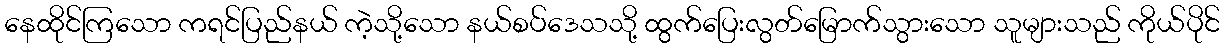
နေထိုင်ကြသော ကရင်ပြည်နယ် ကဲ့သို့သော နယ်စပ်ဒေသသို့ ထွက်ပြေးလွတ်မြောက်သွားသော သူများသည် ကိုယ်ပိုင်